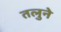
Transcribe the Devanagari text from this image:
तलुने